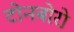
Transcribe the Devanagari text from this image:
टोनबोरो